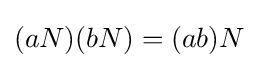
(aN)(bN)=(ab)N